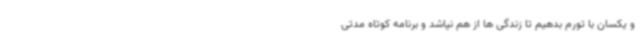
و یکسان با تورم بدهیم تا زندگی ها از هم نپاشد و برنامه کوتاه مدتی